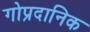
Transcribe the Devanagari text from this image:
गोप्रदानिक